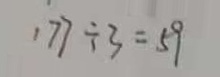
1 7 7 \div 3 = 5 9